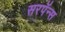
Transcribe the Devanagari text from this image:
सरपॅन्स